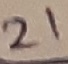
Text: 21